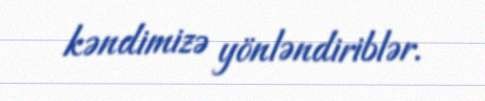
kəndimizə yönləndiriblər.